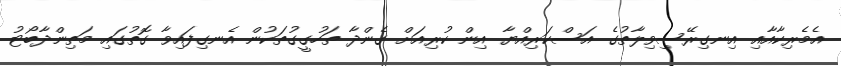
އެމެރިކާއާއި އިނގިރޭސިވިލާތުގެ އަސްކަރިއްޔާ އިން ކުރިއަށް ގެންދާ ތަހުގީގުތަކުން އެނގިފައިވާ ގޮތުގައި މަތިންދާބޯޓު